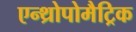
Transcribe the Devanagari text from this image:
एन्थ्रोपोमैट्रिक